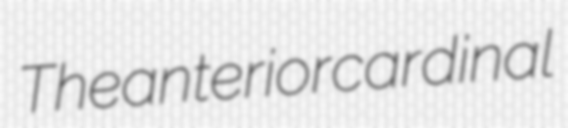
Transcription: The anterior cardinal